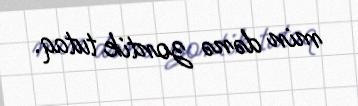
min dənə zontik tutaq.